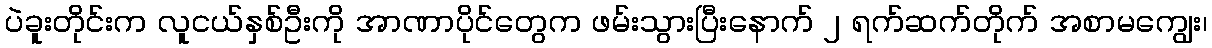
ပဲခူးတိုင်းက လူငယ်နှစ်ဦးကို အာဏာပိုင်တွေက ဖမ်းသွားပြီးနောက် ၂ ရက်ဆက်တိုက် အစာမကျွေး၊